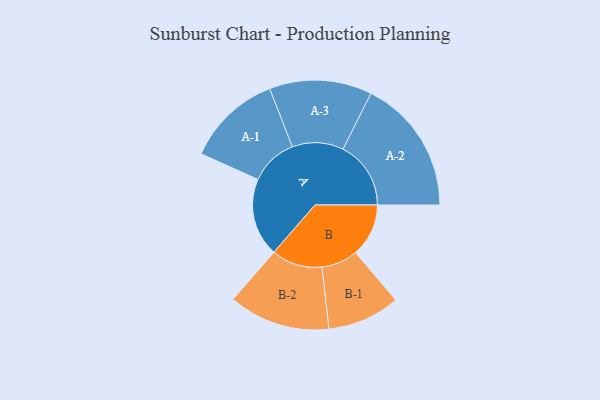
{"axis": {"x": "Segment", "y": "Value"}, "legend": ["", "A", "B"], "data": [{"x": "A", "y": 345, "type": ""}, {"x": "B", "y": 234, "type": ""}, {"x": "A-1", "y": 210, "type": "A"}, {"x": "A-2", "y": 299, "type": "A"}, {"x": "A-3", "y": 226, "type": "A"}, {"x": "B-1", "y": 160, "type": "B"}, {"x": "B-2", "y": 224, "type": "B"}]}